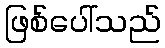
ဖြစ်ပေါ်သည်